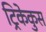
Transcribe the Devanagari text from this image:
ट्रिकेकुस